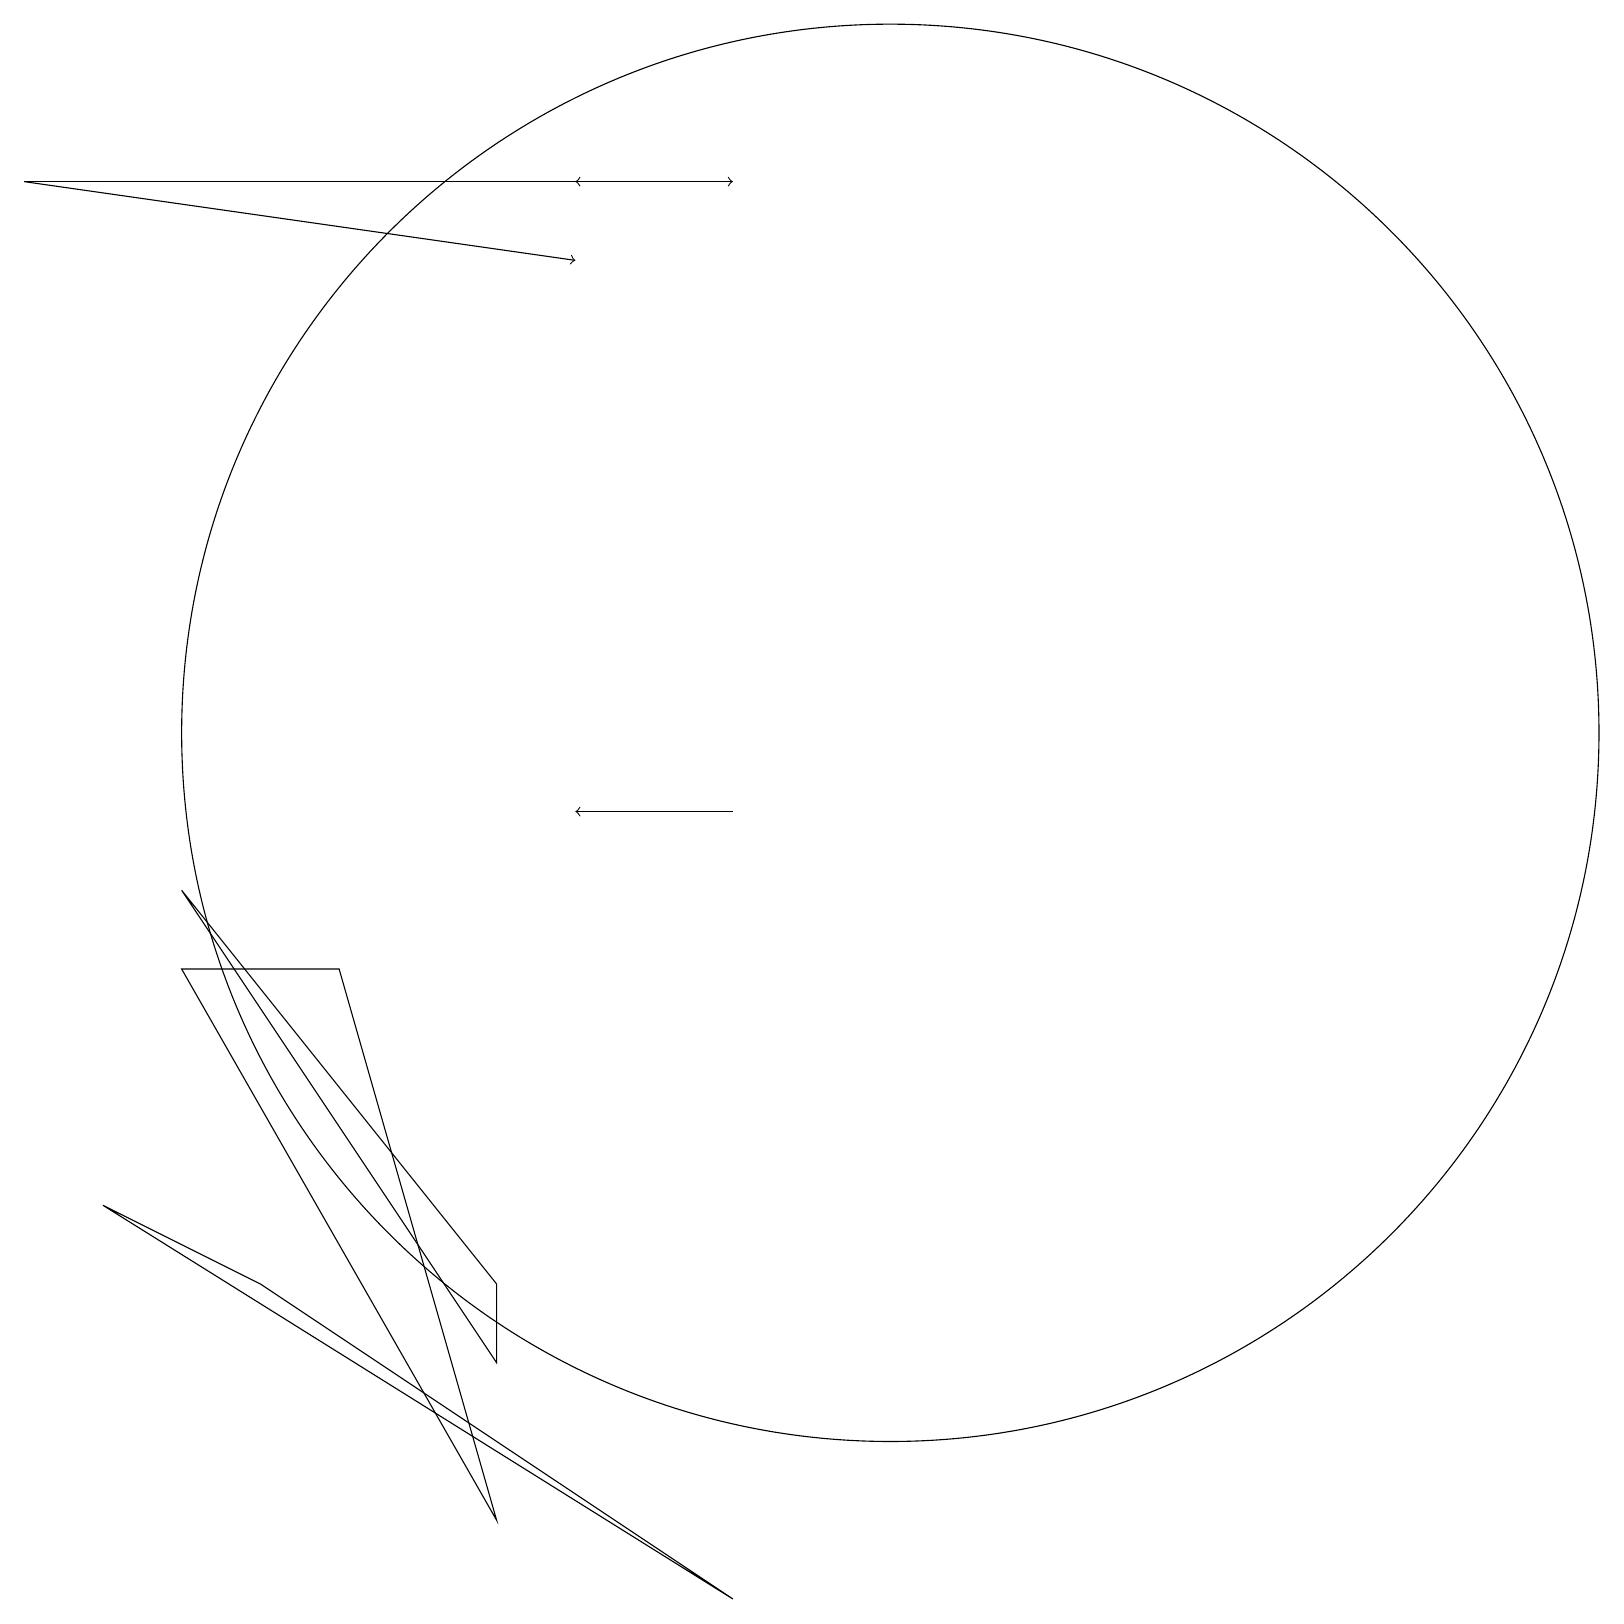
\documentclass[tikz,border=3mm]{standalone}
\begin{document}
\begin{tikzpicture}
\draw (2,8) -- (6,1) -- (4,8) -- cycle;
\draw[->] (9,10) -- (7,10);
\draw[->] (0,18) -- (7,17);
\draw (11,11) circle (9);
\draw[->] (0,18) -- (9,18);
\draw (2,9) -- (6,4) -- (6,3) -- cycle;
\draw (9,0) -- (1,5) -- (3,4) -- cycle;
\draw[->] (8,18) -- (7,18);
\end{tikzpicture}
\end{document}